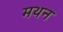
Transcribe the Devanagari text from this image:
मथन